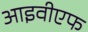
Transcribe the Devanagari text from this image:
आइवीएफ